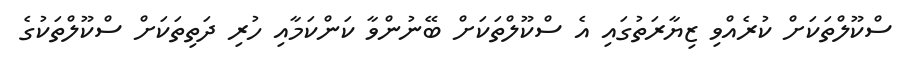
ސްކޫލްތަކަށް ކުރެއްވި ޒިޔާރަތުގައި އެ ސްކޫލްތަކަށް ބޭނުންވާ ކަންކަމާއި ހުރި ދަތިތަކަށް ސްކޫލްތަކުގެ